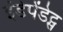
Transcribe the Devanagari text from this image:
इंडेपेंडेट्स